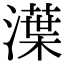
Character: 㵩